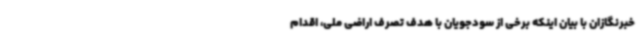
خبرنگازان با بیان اینکه برخی از سودجویان با هدف تصرف اراضی ملی، اقدام